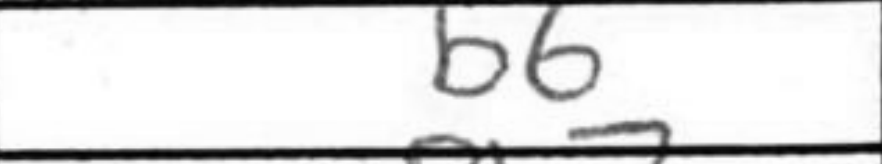
Transcription: b6